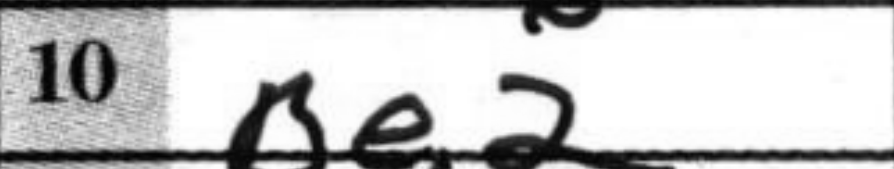
Transcription: Be2